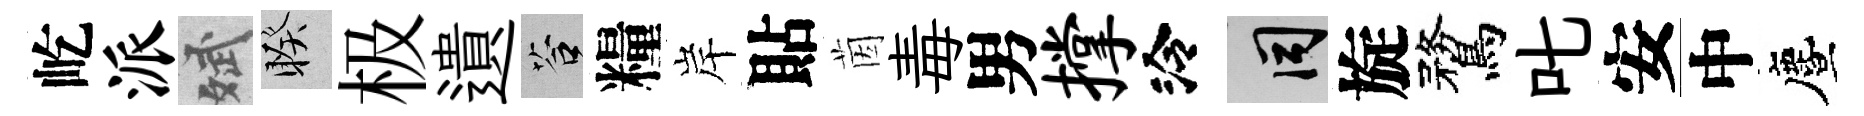
屹派斌睽极遺答糧岸貼茵毒男撑泠间旋鶩叱安中󵨌